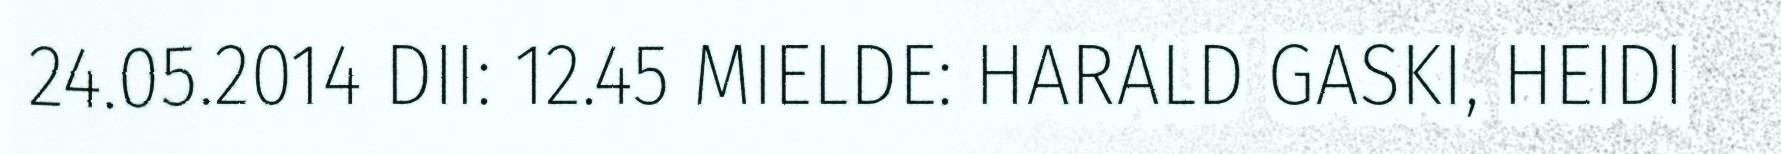
24.05.2014 DII: 12.45 MIELDE: HARALD GASKI, HEIDI